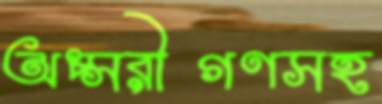
অপ্সরীগণসহ